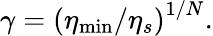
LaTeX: \gamma=\left(\eta_{\operatorname*{min}}/\eta_{s}\right)^{1/N}.